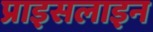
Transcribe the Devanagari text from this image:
प्राइसलाइन